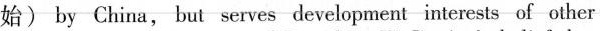
始) by China, but serves development interests of other